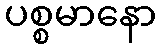
ပစ္စမာနော